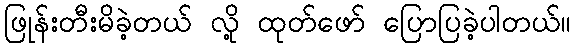
ဖြုန်းတီးမိခဲ့တယ် လို့ ထုတ်ဖော် ပြောပြခဲ့ပါတယ်။